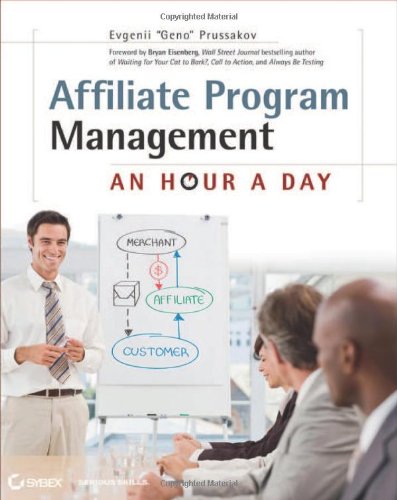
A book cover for Affiliate Program Management: An Hour a Day; Evgenii Prussakov; Computers & Technology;